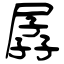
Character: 孱